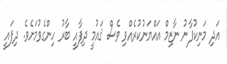
އަދި މަނިކުފާނު ނާޒިމް އައްޔަނުކުރެއްވި ވެސް ޤައުމީ ދިފާއީ ބާރު ހިންގެވުމަށެވެ. ދިފައީ